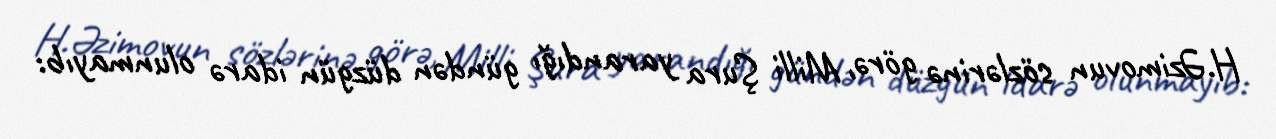
H.Əzimovun sözlərinə görə, Milli Şura yarandığı gündən düzgün idarə olunmayıb: